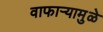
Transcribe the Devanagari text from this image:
वाफाऱ्यामुळे